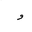
Letter: _waw